Civil Veterinary Dept. Bombay admin report 1900-1906 - 1900-1906
Year: 1900
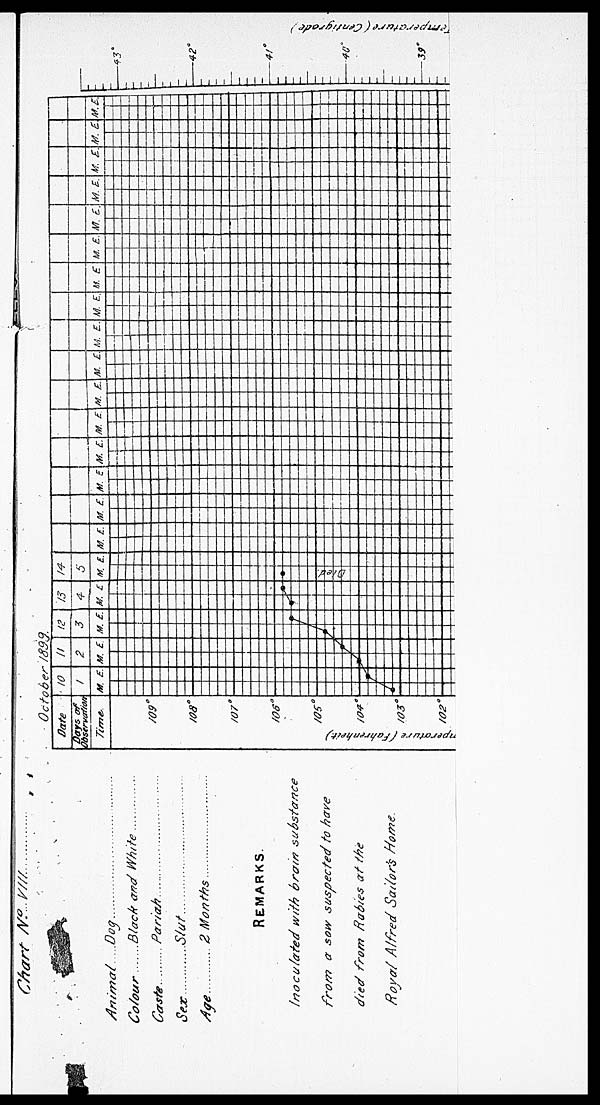
Chart No. VIII
Animal
Colour......
Casts.....
Sex......
Age........
Dog
Black and White.
Pariah.......
Slut.
...
...
2 Months ... ...
REMARKS
Inoculated with brain substance
from a sow suspected to have
died from Rabies at
Royal Alfred Sailor's Home